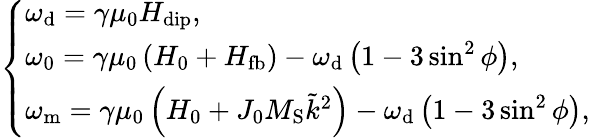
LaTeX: \left\{ \begin{array}{l}{\omega_{\mathrm{d}}=\gamma\mu_{\mathrm{0}}H_{\mathrm{dip}},}\\ {\omega_{\mathrm{0}}=\gamma\mu_{\mathrm{0}}\left(H_{\mathrm{0}}+H_{\mathrm{fb}}\right)-\omega_{\mathrm{d}}\left(1-3\sin^{2}{\phi}\right),}\\ {\omega_{\mathrm{m}}=\gamma\mu_{\mathrm{0}}\left(H_{\mathrm{0}}+J_{\mathrm{0}}M_{\mathrm{S}}\tilde{k}^{2}\right)-\omega_{\mathrm{d}}\left(1-3\sin^{2}{\phi}\right),}\end{array}\right.